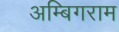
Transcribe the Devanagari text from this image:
अम्बिगराम